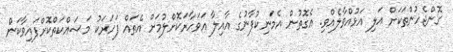
ގޮންޖެހުންތަކަށް އަލި އަޅުއްވާލެއްވި. އެގޮތުން އެމަނިކުފާނުގެ އާއިލާ އަވަހާރަކޮށްލުމަށް އެތައް ފަހަރަކު މަސައްކަތްކޮށްފައިވާކަން